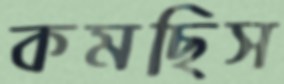
কমছিস